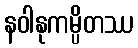
နဝါနုကမ္ပိတဿ